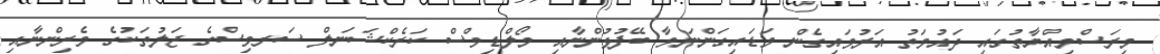
މިރަސްމިއްޔާތުގައި ދައުވަތު އަރުވައިގެން ވަޑައިގަންނަވާ ބޭފުޅުންނާއި މޯލްޑިވްސް ކަރެކްޝަނަލް ސަރވިސްގެ ޖަލުތަކުގެ ވެރިންނާއި